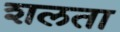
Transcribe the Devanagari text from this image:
शलता